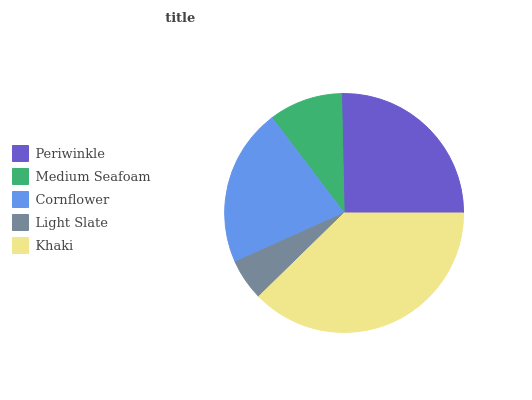
| Periwinkle | Medium Seafoam | Cornflower | Light Slate | Khaki |
 | --- | --- | --- | --- | --- |
 | 25.3% | 9.99% | 21.3% | 5.61% | 37.7% |